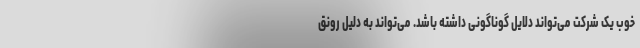
خوب یک شرکت می‌تواند دلایل گوناگونی داشته باشد. می‌تواند به دلیل رونق